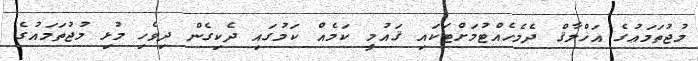
މުޖުތަމަޢުގެ އަޚްލާޤް ދެމެހެއްޓުމަށްޓަކައި ޤައުމީ ކަމެއް ކަމުގައި ދެކިގެން ދިވެހި މުޅި މުޖުތަމައުގެ